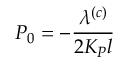
P _ { 0 } = - \frac { \lambda ^ { ( c ) } } { 2 K _ { P } l }